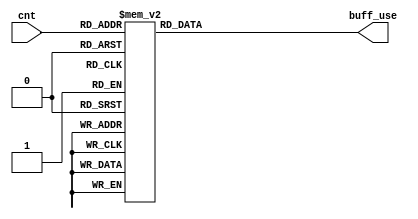
module Custom_Buff_use_Decoder(
    input       [4:0]   cnt,
    output reg  [3:0]   buff_use
);

    always @(*) begin
        case(cnt)
            5'b0_0000 : buff_use = 4'b0000;
            5'b0_0001 : buff_use = 4'b0000;
            5'b0_0010 : buff_use = 4'b0000;
            5'b0_0011 : buff_use = 4'b0000;
            5'b0_0100 : buff_use = 4'b0000;
            5'b0_0101 : buff_use = 4'b1000;
            5'b0_0110 : buff_use = 4'b1100;
            5'b0_0111 : buff_use = 4'b0110;
            5'b0_1000 : buff_use = 4'b0010;
            5'b0_1001 : buff_use = 4'b1001;
            5'b0_1010 : buff_use = 4'b1101;
            5'b0_1011 : buff_use = 4'b1000;
            5'b0_1100 : buff_use = 4'b1110;
            5'b0_1101 : buff_use = 4'b0100;
            5'b0_1110 : buff_use = 4'b0110;
            5'b0_1111 : buff_use = 4'b0000;
            5'b1_0000 : buff_use = 4'b0011;
            5'b1_0001 : buff_use = 4'b1011;
            5'b1_0010 : buff_use = 4'b0001;
            5'b1_0011 : buff_use = 4'b1101;
            5'b1_0100 : buff_use = 4'b1000;
            5'b1_0101 : buff_use = 4'b1100;
            5'b1_0110 : buff_use = 4'b0010;
            5'b1_0111 : buff_use = 4'b0011;
            5'b1_1000 : buff_use = 4'b1001;
            5'b1_1001 : buff_use = 4'b1000;
            default   : buff_use = 4'b0000;
        endcase
    end

endmodule